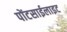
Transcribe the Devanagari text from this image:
पोंटसाईलाइट